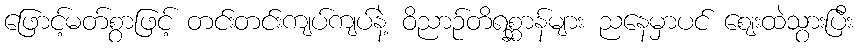
ဖြောင့်မတ်စွာဖြင့် တင်းတင်းကျပ်ကျပ်နဲ့ ဝိညာဉ်တိရစ္ဆာန်များ ညနေမှာပင် ဈေးထဲသွားပြီး